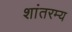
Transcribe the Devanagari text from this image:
शांतरम्य